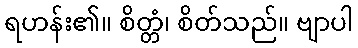
ရဟန်း၏။ စိတ္တံ၊ စိတ်သည်။ ဗျာပါ